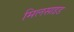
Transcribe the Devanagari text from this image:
मिलसाइड